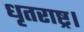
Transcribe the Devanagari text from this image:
धृतराष्ट्र।